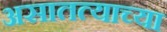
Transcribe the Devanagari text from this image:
असातत्याच्या